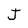
Character: J